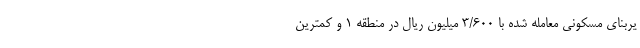
یربنای مسکونی معامله شده با 3/600 میلیون ریال در منطقه 1 و کمترین